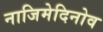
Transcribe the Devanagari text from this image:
नाजिमेदिनोव